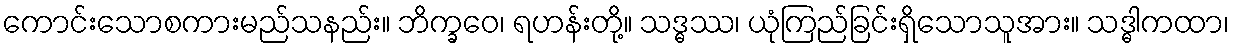
ကောင်းသောစကားမည်သနည်း။ ဘိက္ခဝေ၊ ရဟန်းတို့။ သဒ္ဓဿ၊ ယုံကြည်ခြင်းရှိသောသူအား။ သဒ္ဓါကထာ၊